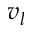
v _ { l }